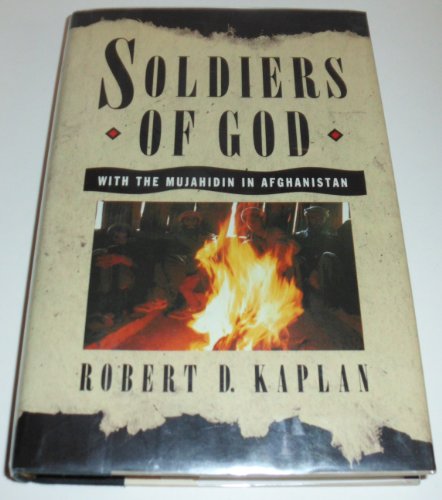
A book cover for Soldiers of God: With the Mujahidin in Afghanistan; Robert D. Kaplan; Travel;